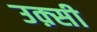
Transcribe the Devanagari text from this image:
उक़्सी